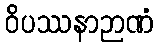
ဝိပဿနာဉာဏံ